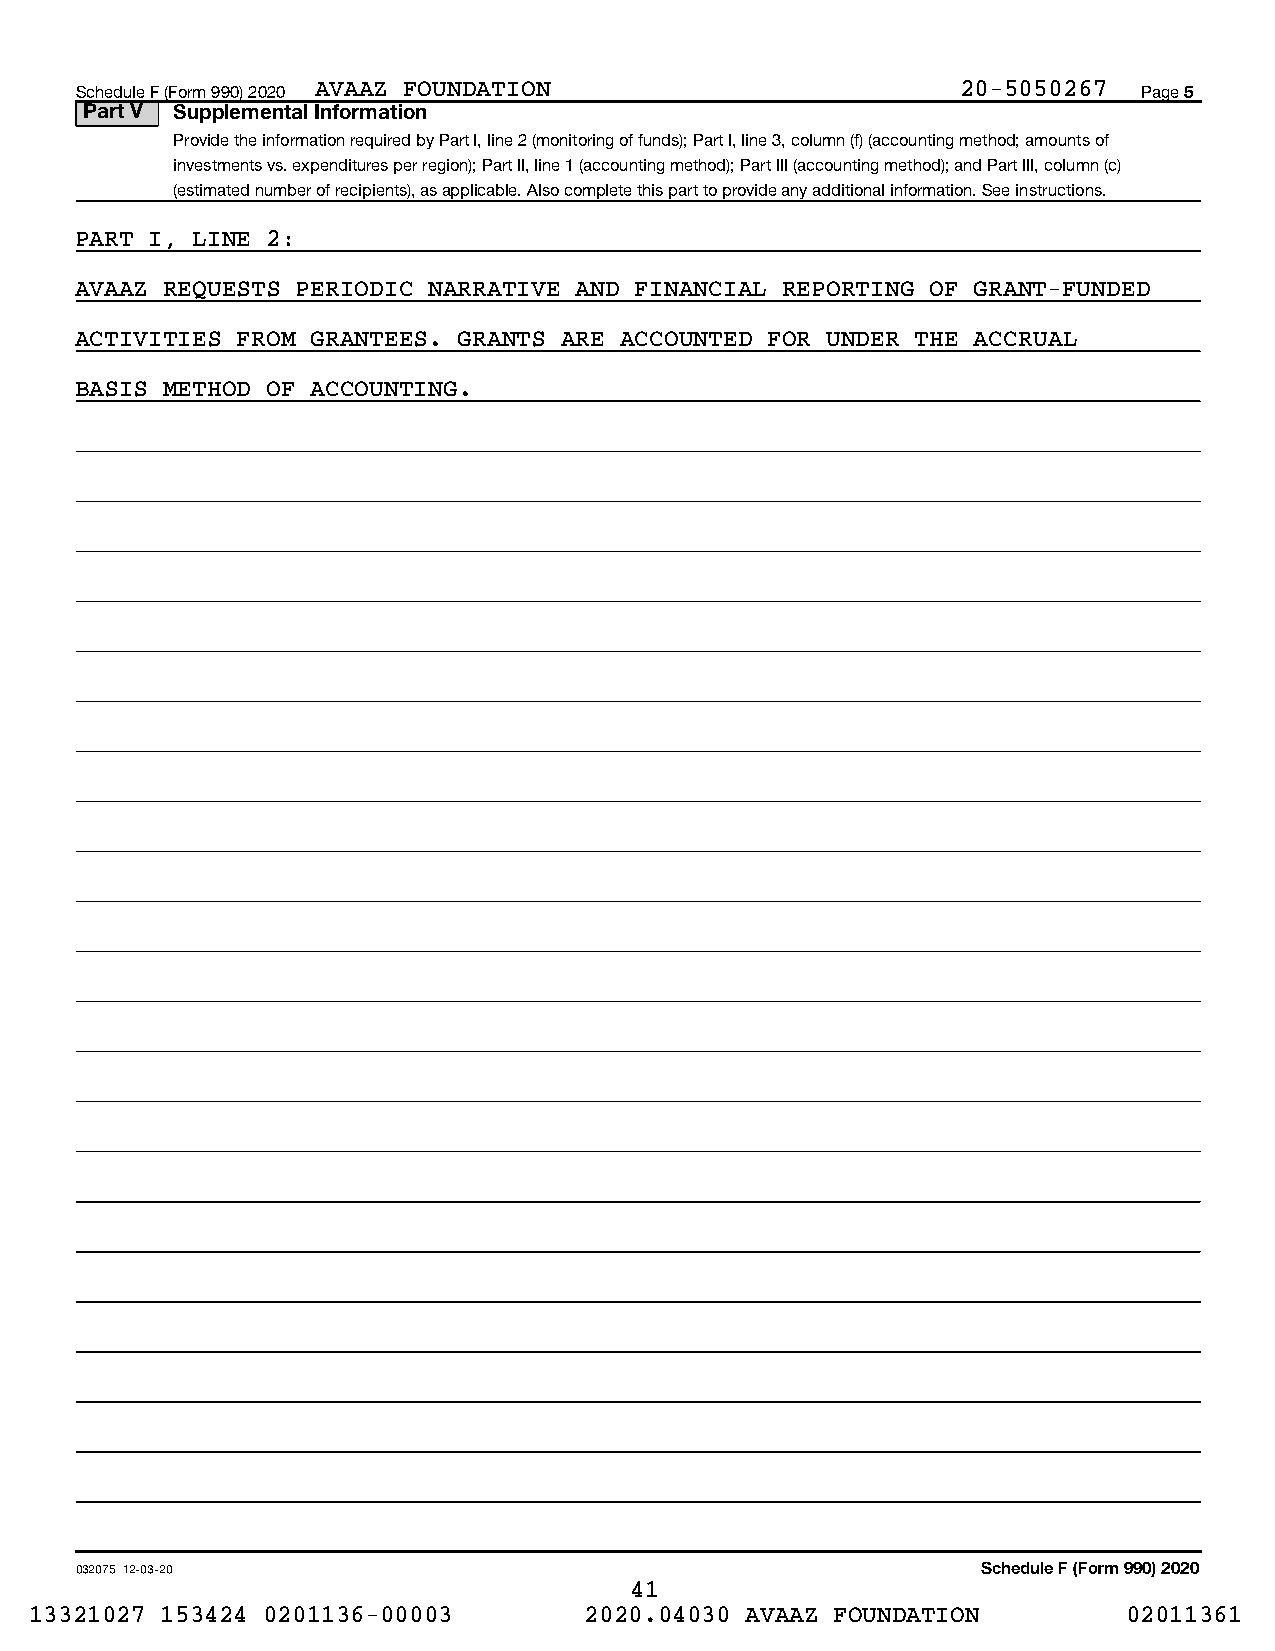
Schedule F (Form 990) 2020 AVAAZ FOUNDATION                20-5050267  Page 5
 Part V Supplemental Information
 Provide the information required by Part I, line 2 (monitoring of funds); Part I, line 3, column (f) (accounting method; amounts of
 investments vs. expenditures per region); Part II, line 1 (accounting method); Part III (accounting method); and Part III, column (c)
 (estimated number of recipients), as applicable. Also complete this part to provide any additional information. See instructions.
 PART I, LINE 2:
 AVAAZ REQUESTS PERIODIC NARRATIVE AND FINANCIAL REPORTING OF GRANT-FUNDED
 ACTIVITIES FROM GRANTEES. GRANTS ARE ACCOUNTED FOR UNDER THE ACCRUAL
 BASIS METHOD OF ACCOUNTING.
 032075 12-03-20                                             Schedule F (Form 990) 2020
 41
 13321027 153424 0201136-00003        2020.04030 AVAAZ FOUNDATION         02011361